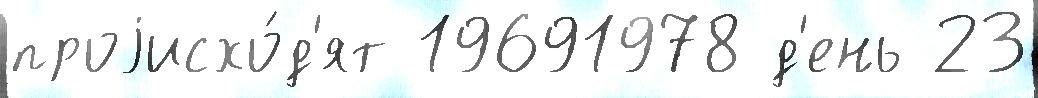
проjисхо́д'ят 19691978 д'ень 23